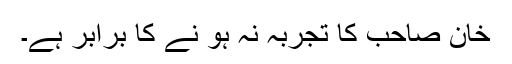
خان صاحب کا تجربہ نہ ہو نے کا برابر ہے۔